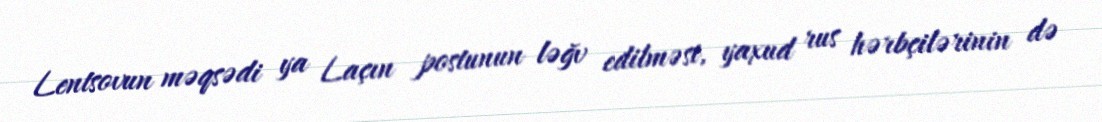
Lentsovun məqsədi ya Laçın postunun ləğv edilməsi, yaxud rus hərbçilərinin də